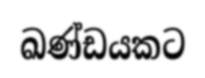
ඛණ්ඩයකට